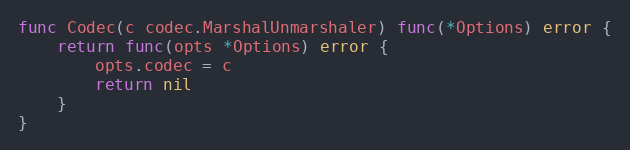
Language: Go
func Codec(c codec.MarshalUnmarshaler) func(*Options) error {
	return func(opts *Options) error {
		opts.codec = c
		return nil
	}
}